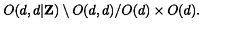
O ( d , d | { \bf Z } ) \setminus O ( d , d ) / O ( d ) \times O ( d ) .